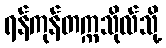
ရန်ကုန်တက္ကသိုလ်သို့